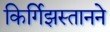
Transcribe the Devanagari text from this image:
किर्गिझस्तानने